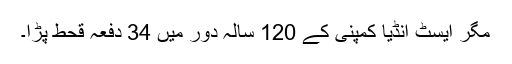
مگر ایسٹ انڈیا کمپنی کے 120 سالہ دور میں 34 دفعہ قحط پڑا۔